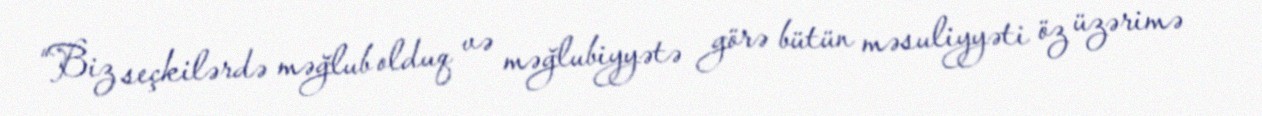
“Biz seçkilərdə məğlub olduq və məğlubiyyətə görə bütün məsuliyyəti öz üzərimə